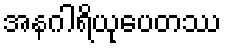
အနဂါရိယုပေတဿ